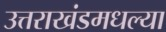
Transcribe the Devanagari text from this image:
उत्तराखंडमधल्या